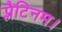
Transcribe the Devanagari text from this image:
प्लैटिनम।